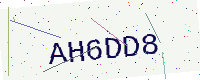
Text: AH6DD8